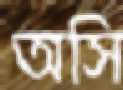
অসি